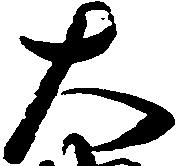
大